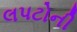
લપટોની